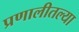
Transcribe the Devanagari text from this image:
प्रणालीतल्या